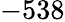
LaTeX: -538